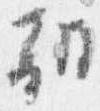
朝